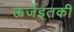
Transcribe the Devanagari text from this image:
ऊर्जेइतकी